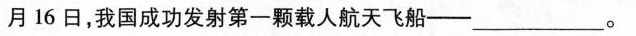
月16日，我国成功发射第一颗载人航天飞船——___。